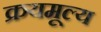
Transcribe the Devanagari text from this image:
क्रयमूल्य